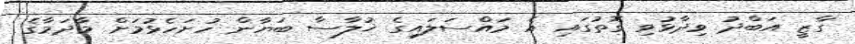
ގާޒީ އަބްދު ވިދާޅުވި ގޮތުގައި އެ މައްސަލައިގެ ޚުލާސާ ބަޔާން ހުށަހެޅުމަށް މާދަމާގެ